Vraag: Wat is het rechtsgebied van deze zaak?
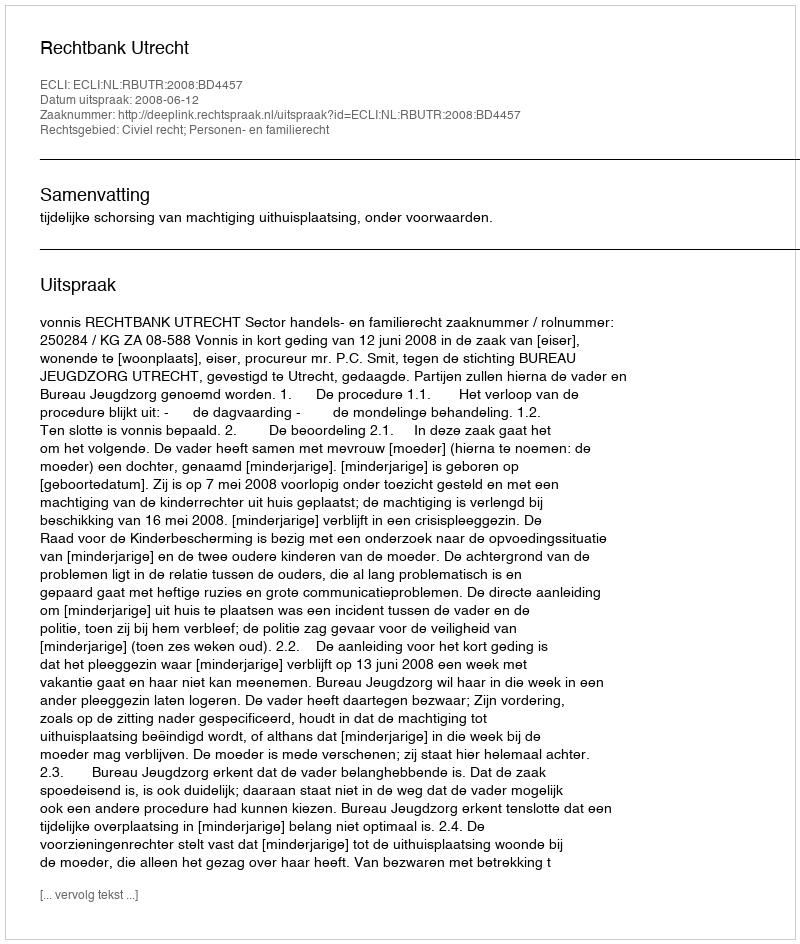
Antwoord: Civiel recht; Personen- en familierecht